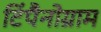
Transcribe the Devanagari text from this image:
टिंपैनोग्राम